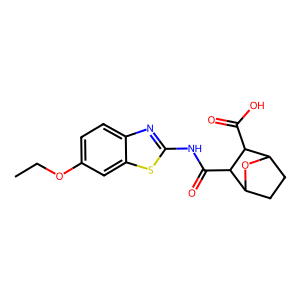
SMILES: CCOc1ccc2nc(NC(=O)C3C4CCC(O4)C3C(=O)O)sc2c1
Inhibits HIV replication: No